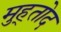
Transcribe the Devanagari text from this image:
मुह्तोद